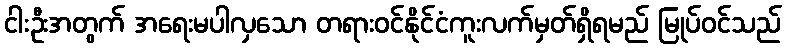
ငါးဦးအတွက် အရေးမပါလှသော တရားဝင်နိုင်ငံကူးလက်မှတ်ရှိရမည် မြုပ်ဝင်သည်